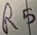
Text: R5